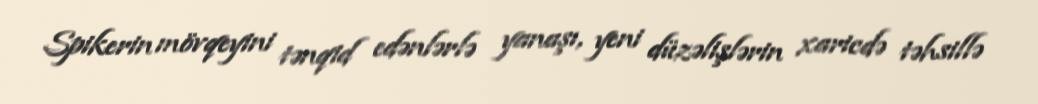
Spikerin mövqeyini tənqid edənlərlə yanaşı, yeni düzəlişlərin xaricdə təhsillə